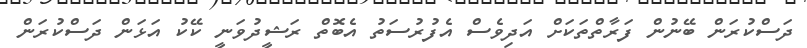
ދަސްކުރަން ބޭނުން ފަރާތްތަކަށް އަދިވެސް އެފުރުސަތު އެބޮތް ރަޝީދުވަނީ ކޭކު އަޅަން ދަސްކުރަން